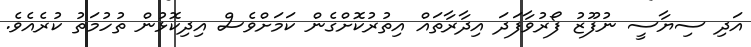
އަދި ސިޔާސީ ނުފޫޒު ފޯރުވާފަދަ އިދާރާތައް އިތުރުކޮށްގެން ކަމަށްވެސް އިދިކޮޅުން ތުހުމަތު ކުރެއެވެ.